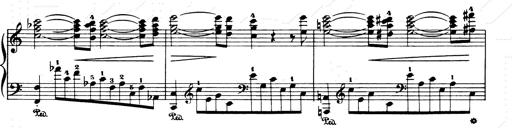
Title: Consolations and LiebestrÃ¤ume for the Piano
Composer: Franz Liszt